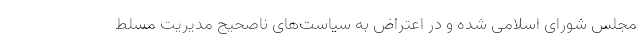
مجلس شورای اسلامی شده و در اعتراض به سیاست‌های ناصحیح مدیریت مسلط